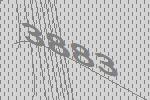
3883